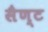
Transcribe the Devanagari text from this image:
सैण्ट